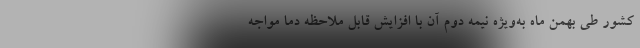
کشور طی بهمن ماه به‌ویژه نیمه دوم آن با افزایش قابل ملاحظه دما مواجه